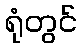
ရုံတွင်